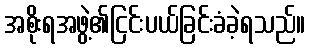
အစိုးရအဖွဲ့၏ငြင်းပယ်ခြင်းခံခဲ့ရသည်။